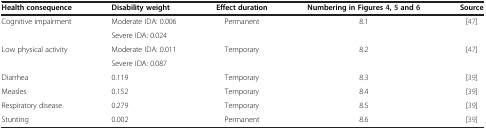
<table><thead><tr><td><b>Health consequence</b></td><td><b>Disability weight</b></td><td><b>Effect duration</b></td><td><b>Numbering in Figures 4, 5 and 6</b></td><td><b>Source</b></td></tr></thead><tbody><tr><td rowspan="2">Cognitive impairment</td><td>Moderate IDA: 0.006</td><td rowspan="2">Permanent</td><td rowspan="2">8.1</td><td rowspan="2">[47]</td></tr><tr><td>Severe IDA: 0.024</td></tr><tr><td rowspan="2">Low physical activity</td><td>Moderate IDA: 0.011</td><td rowspan="2">Temporary</td><td rowspan="2">8.2</td><td rowspan="2">[47]</td></tr><tr><td>Severe IDA: 0.087</td></tr><tr><td>Diarrhea</td><td>0.119</td><td>Temporary</td><td>8.3</td><td>[39]</td></tr><tr><td>Measles</td><td>0.152</td><td>Temporary</td><td>8.4</td><td>[39]</td></tr><tr><td>Respiratory disease</td><td>0.279</td><td>Temporary</td><td>8.5</td><td>[39]</td></tr><tr><td>Stunting</td><td>0.002</td><td>Permanent</td><td>8.6</td><td>[39]</td></tr></tbody></table>